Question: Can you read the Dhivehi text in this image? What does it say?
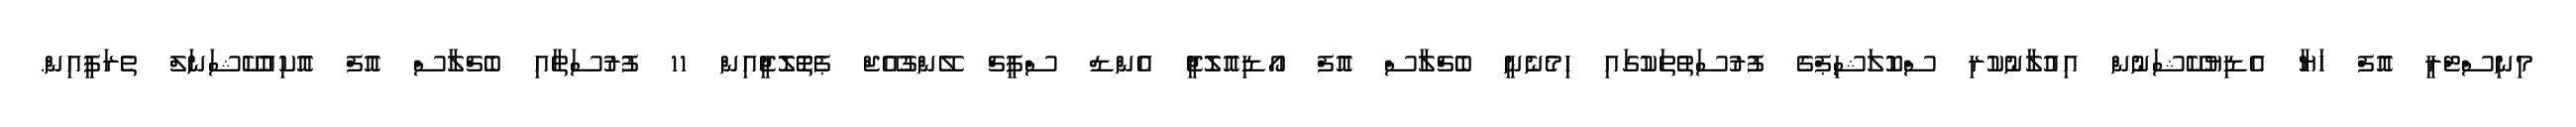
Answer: މިނިސްޓްރީ އޮފް ހަޔާ އެޑިޔުކޭޝަނުން އިއުލާނުކުރި ސްކޮލަޝިޕްގެ ފުރުސަތުތަކުގައި ހިމެނެނީ ބެޗްލާސް އޮފް އޯޑިއޮލޮޖީ އެންޑް ސްޕީޗް ލޭންގުއޭޖް ޕެތޮލޮޖީއިން 11 ފުރުސަތާއި ބެޗްލާސް އޮފް އޮކިއުކޭޝަނަލް ތެރަޕީއިން.